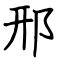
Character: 邢